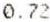
0.72